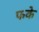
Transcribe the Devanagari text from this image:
फके